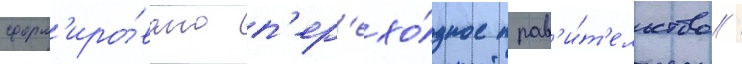
сформ'иро́вано п'ер'ехо́дное прав'и́т'ельство /